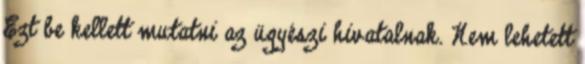
Ezt be kellett mutatni az ügyészi hivatalnak. Nem lehetett